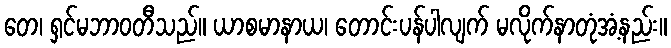
တေ၊ ရှင်မဘာဝတီသည်။ ယာစမာနာယ၊ တောင်းပန်ပါလျက် မလိုက်နာတုံအံ့နည်း။